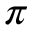
\pi